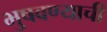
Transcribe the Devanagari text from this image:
भुषवण्याची